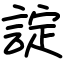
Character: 諚